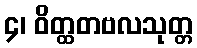
၄၊ ဝိတ္ထတဗလသုတ္တ